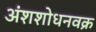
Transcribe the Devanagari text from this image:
अंशशोधनवक्र